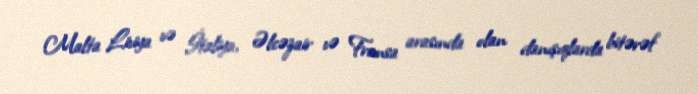
Malta Liviya və İtaliya, Əlcəzair və Fransa arasında olan danışıqlarda bitərəf